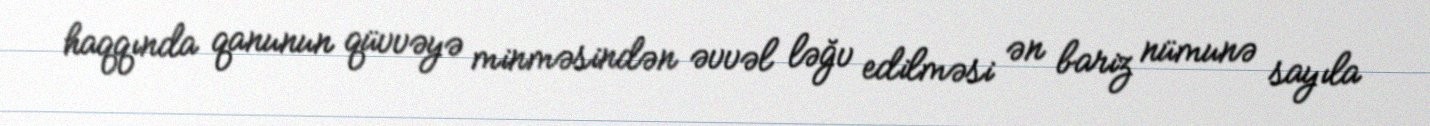
haqqında qanunun qüvvəyə minməsindən əvvəl ləğv edilməsi ən bariz nümunə sayıla